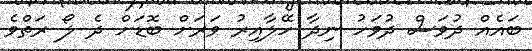
ބައެއް ދުވަސް ދުވަހު ނިދާ ހޭލާއިރު ވަރަށް ބޮޑަށް ދެ ލޯ ރަތްވެ